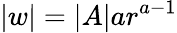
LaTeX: |w|=|A|ar^{a-1}